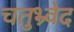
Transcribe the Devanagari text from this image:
चतुभ्र्वेद